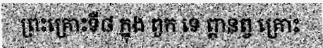
ព្រះគ្រោះទី៨ ក្នុង ពួក ទេ ព្តានព្វ គ្រោះ